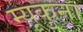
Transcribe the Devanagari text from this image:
म्यूकुना